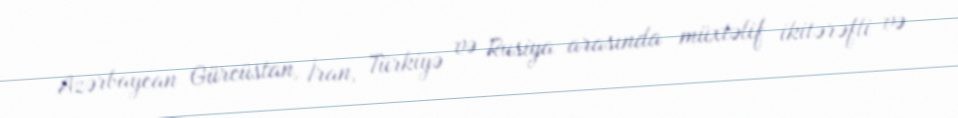
Azərbaycan Gürcüstan, İran, Türkiyə və Rusiya arasında müxtəlif ikitərəfli və